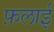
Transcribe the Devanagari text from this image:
फ़लाई